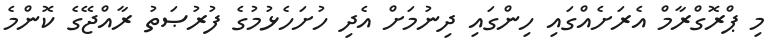
މި ޕްރޮގްރާމް އެރަށެއްގައި ހިންގައި ދިނުމަށް އެދި ހުށަހެޅުމުގެ ފުރުޞަތު ރާއްޖޭގެ ކޮންމެ